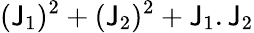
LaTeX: (\mathsf{J}_{1})^{2}+(\mathsf{J}_{2})^{2}+\mathsf{J}_{1}.\mathsf{J}_{2}